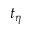
t _ { \eta }